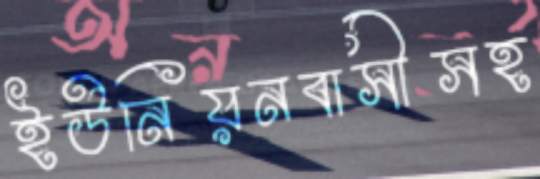
ইউনিয়নবাসীসহ